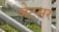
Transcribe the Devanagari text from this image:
जेटसर